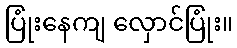
ပြုံးနေကျ လှောင်ပြုံး။